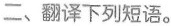
二、翻译下列短语。